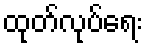
ထုတ်လုပ်ရေး